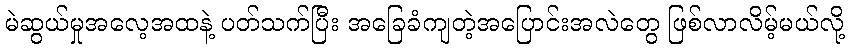
မဲဆွယ်မှုအလေ့အထနဲ့ ပတ်သက်ပြီး အခြေခံကျတဲ့အပြောင်းအလဲတွေ ဖြစ်လာလိမ့်မယ်လို့